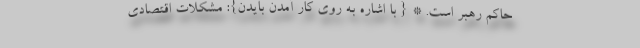
حاکم رهبر است. * { با اشاره به روی کار آمدن بایدن}: مشکلات اقتصادی